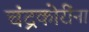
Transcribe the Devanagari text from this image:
चंद्रकोरींना